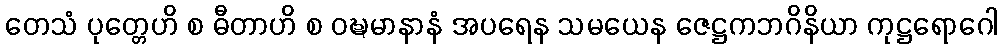
တေသံ ပုတ္တေဟိ စ ဓီတာဟိ စ ဝဍ္ဎမာနာနံ အပရေန သမယေန ဇေဋ္ဌကဘဂိနိယာ ကုဋ္ဌရောဂေါ